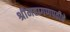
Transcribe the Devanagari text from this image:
श्रीमहागणपतीचे